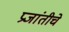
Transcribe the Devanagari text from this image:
प्रजांतीचे